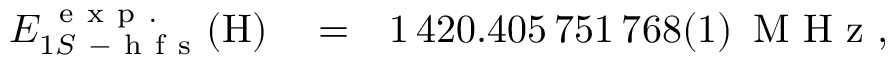
\begin{array} { r l r } { E _ { 1 S \mathrm { ~ - ~ h ~ f ~ s ~ } } ^ { \, \mathrm { ~ e ~ x ~ p ~ . ~ } } ( \mathrm { H } ) } & { { } = } & { 1 \, 4 2 0 . 4 0 5 \, 7 5 1 \, 7 6 8 ( 1 ) \, \mathrm { ~ M ~ H ~ z ~ } , } \end{array}